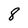
Character: 8